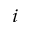
_ i